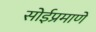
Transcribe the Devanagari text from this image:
सोईप्रमाणे